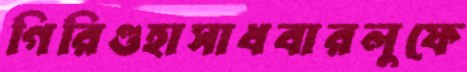
গিরিগুহাসাধবারলুফে